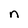
Character: n